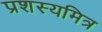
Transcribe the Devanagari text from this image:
प्रशस्यमित्र